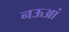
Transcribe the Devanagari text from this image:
नऊआं